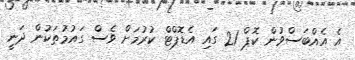
އެ އެއްބަސްވުން ކޮޕް 21 ގައި އެޑޮޕްޓް ކުރުމަށް ވެސް ގައުމުތަކުން ދަނީ